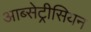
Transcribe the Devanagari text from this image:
आब्सेट्रीसियन